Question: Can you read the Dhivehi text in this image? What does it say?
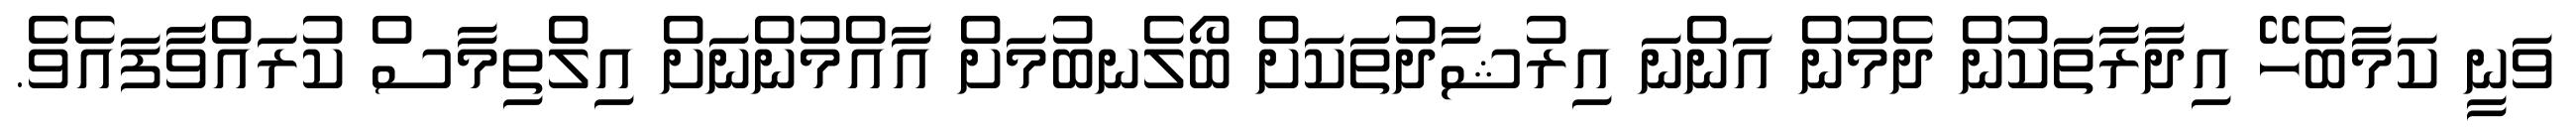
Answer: ވަނީ ކަމާބެހޭ އިދާރާތަކުން ދެމުން އަންނަ އިރުޝާދުތަކަށް ބޯލެނބުމަށް އާއްމުންނަށް އިލްތިމާސް ކުރައްވާފައެވެ.